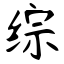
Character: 综